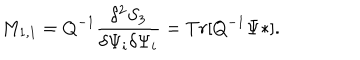
M _ { 1 , 1 } = Q ^ { - 1 } \frac { \delta ^ { 2 } S _ { 3 } } { \delta \Psi _ { i } \delta \Psi _ { i } } = T r [ Q ^ { - 1 } \Psi * ] .